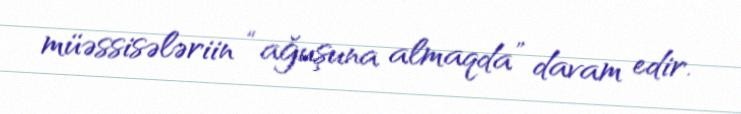
müəssisələriin “ağuşuna almaqda” davam edir.